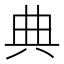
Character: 典